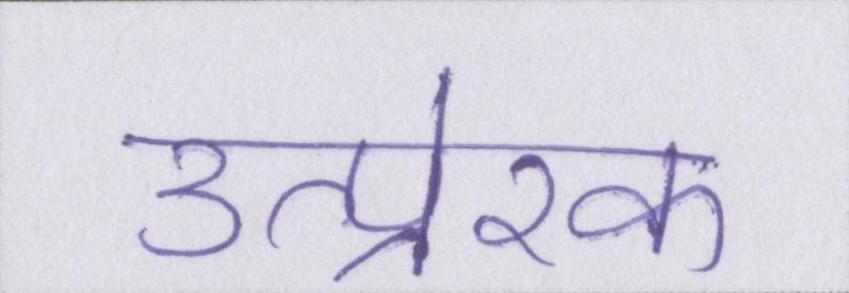
उत्प्रेरक